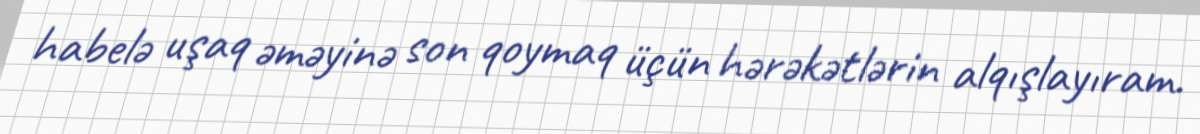
habelə uşaq əməyinə son qoymaq üçün hərəkətlərin alqışlayıram.